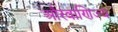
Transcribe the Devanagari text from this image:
औरवाणिज्य